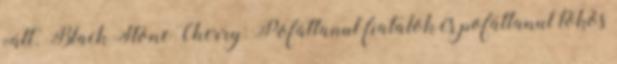
vált. Black Stone Cherry: Pofátlanul fiatalok és pofátlanul tökös